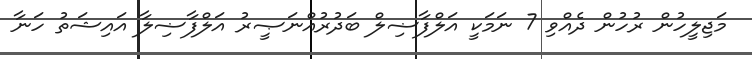
މަޖިލީހުން ރުހުން ދެއްވި 7 ނަމަކީ އަލްފާޟިލް ބަދުރުއްނަޞީރު އަލްފާޟިލާ އައިޝަތު ހަނާ